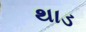
થાડ